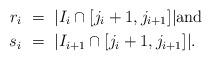
LaTeX: \begin{align*} r_i\ &= \ |I_i \cap [j_{i} + 1, j_{i+1}]| \mbox{and} \\ s_i\ &= \ |I_{i+1} \cap [j_{i} + 1, j_{i+1}]|. \end{align*}